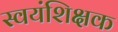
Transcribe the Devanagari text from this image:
स्वयंशिक्षक